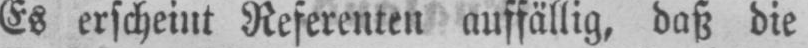
Es erscheint Referenten auffällig, daß die